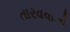
તારવવાનો